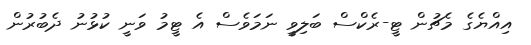
އިއްޔެގެ މެޗުން ޓީ-ރެކްސް ބަލިވީ ނަމަވެސް އެ ޓީމު ވަނީ ކުޅުނު ދެބުރުން